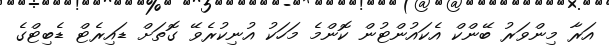
އަރާ މިންވަރު ބޭންކް އެކައުންޓުން ކޮންމެ މަހަކު އުނިކުރެވޭ ގޮތަށް ޑައިރެޓް ޑެބިޓްގެ